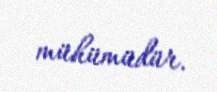
mühümüdür.